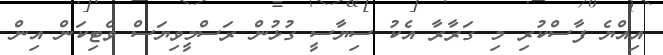
އިއްޔެ ފާސްކުރި މި ގަރާރާ އެކު ސިޔާސީ ގުޅުން ރަސްމީވިޔަސް ވެޓިކަން އިން